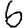
Digit: 6